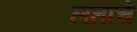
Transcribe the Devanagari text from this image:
लताचे